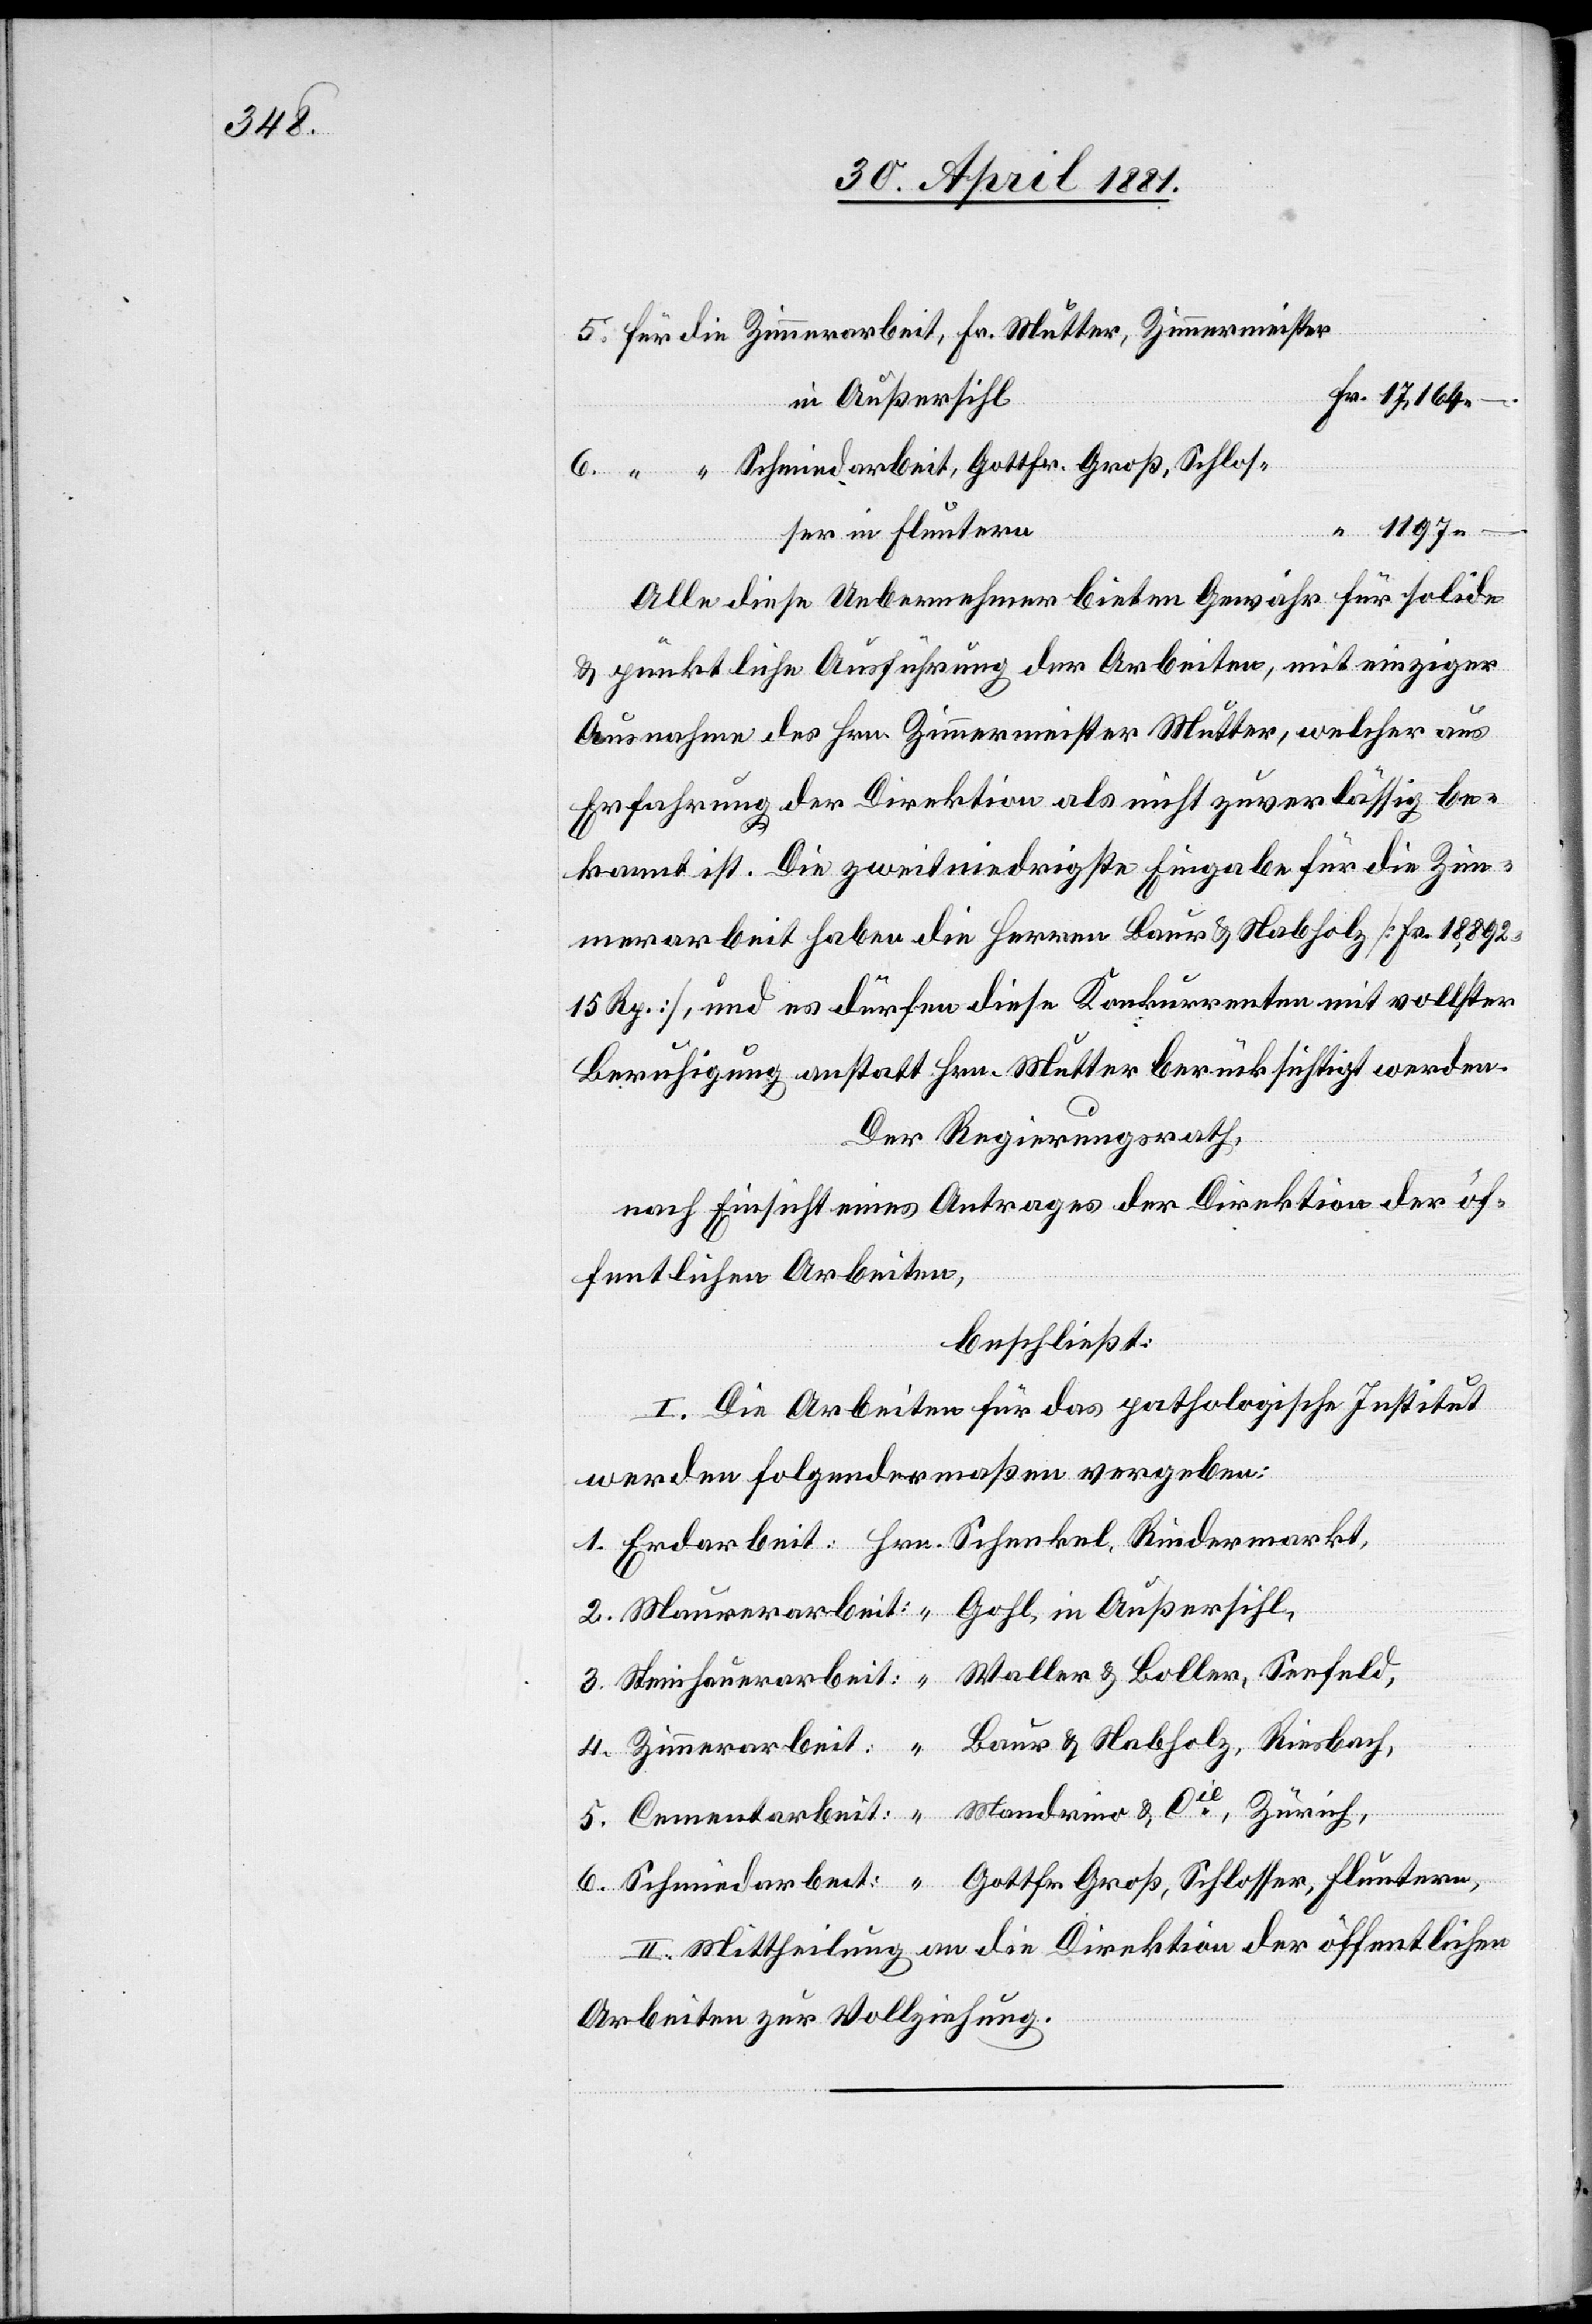
Fr. Mutter,
in Außersihl,
3.
6.
Alle diese Uebernehmer bieten Gewähr für solide
& pünktliche Ausführung der Arbeiten, mit einziger
Ausnahme des Hrn. Zimmermeister Mutter, welcher aus
Erfahrung der Direktion als nicht zuverlässig be¬
kannt ist. Die zweitniedrigste Eingabe für die Zim¬
merarbeit haben die Herren Baur & Nabholz [Fr. 18,892
15 Rp.], und es dürfen diese Konkurrenten mit vollster
Beruhigung anstatt Hrn. Mutter berücksichtigt werden.
Der Regierungsrath,
nach Einsicht eines Antrages der Direktion der öf¬
fentlichen Arbeiten,
beschließt:
I. Die Arbeiten für das pathologische Institut
werden folgendermaßen vergeben:
Schmiedarbeit, Gottfr. Groß, Schlosser in Fluntern
II. Mittheilung an die Direktion der öffentlichen
Arbeiten zur Vollziehung.